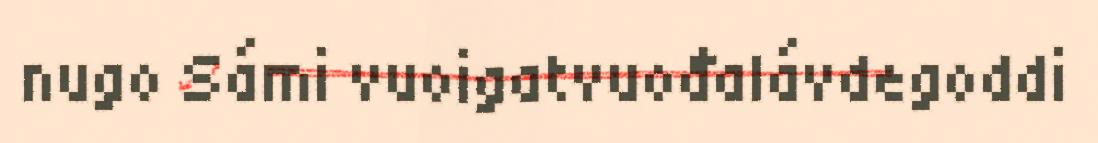
nugo Sámi vuoigatvuođalávdegoddi